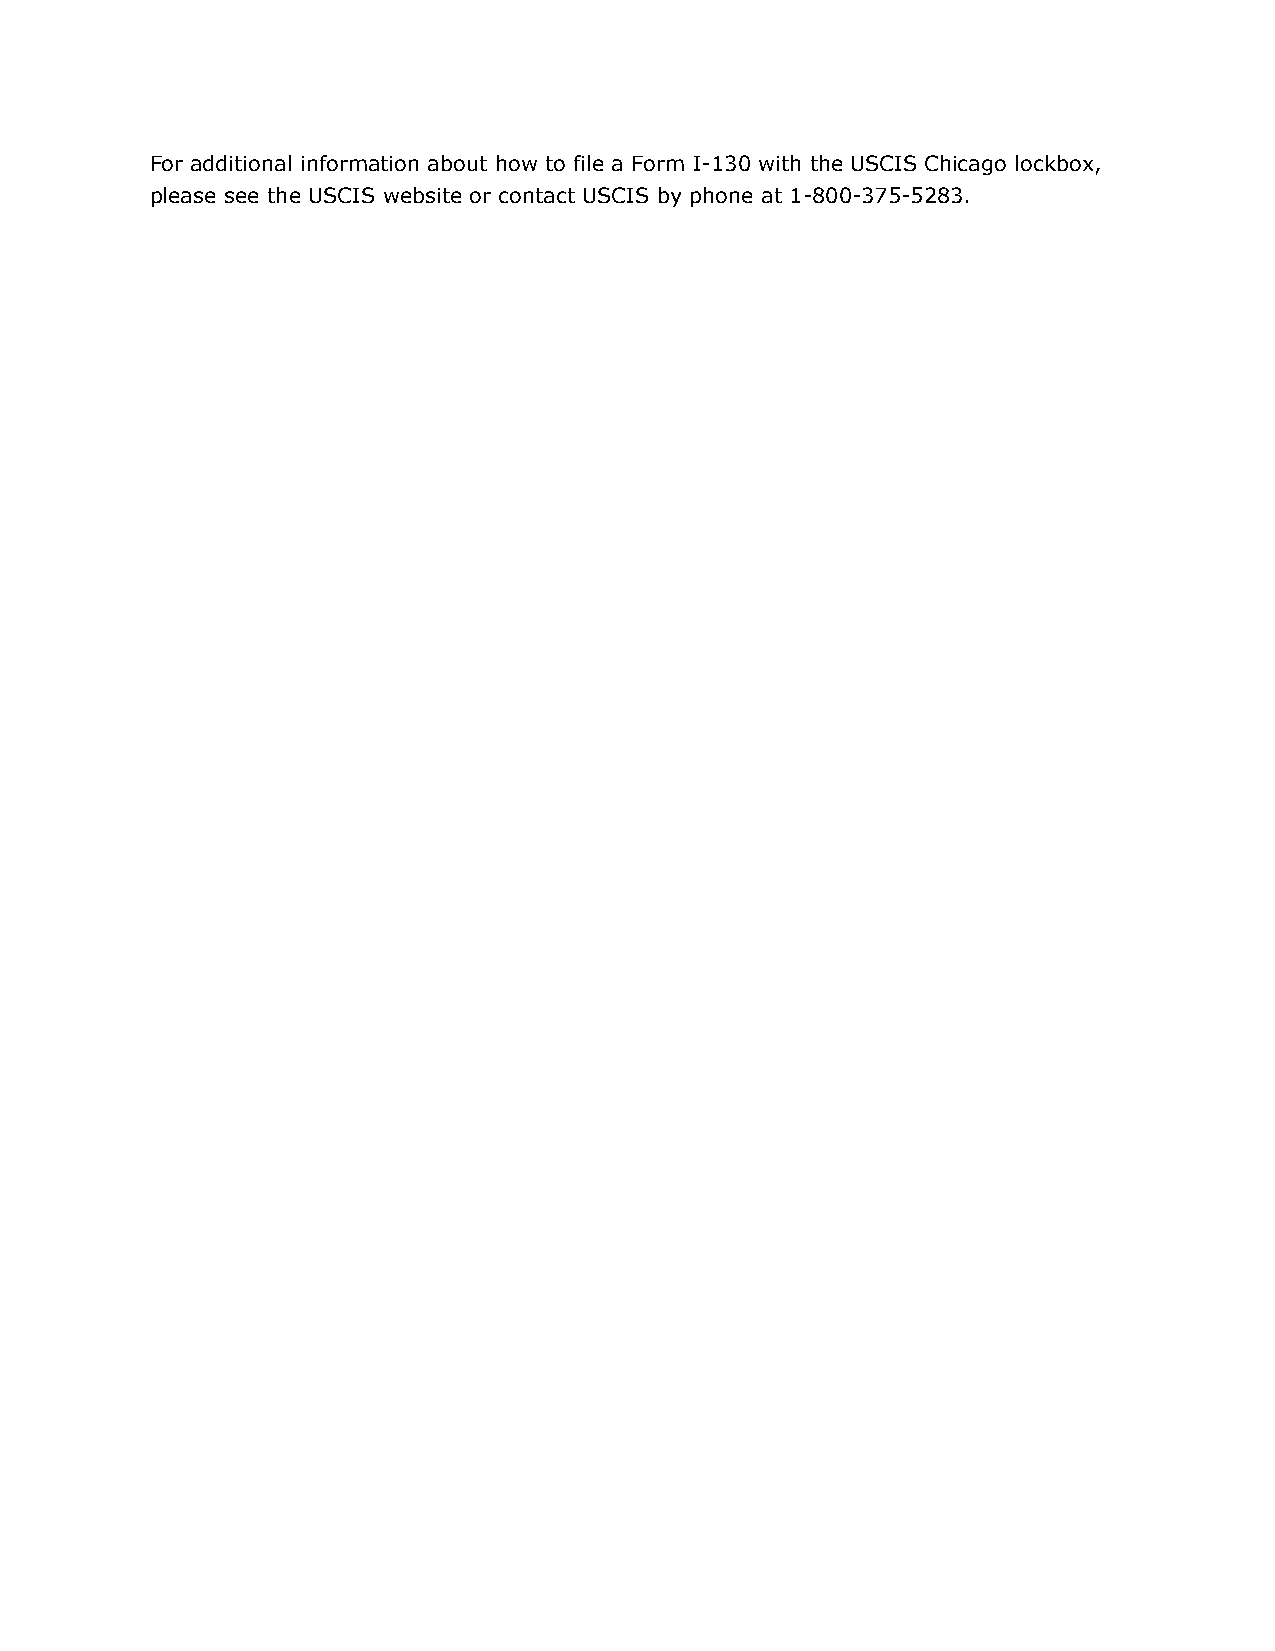
For additional information about how to file a Form I-130 with the USCIS Chicago lockbox,
 please see the USCIS website or contact USCIS by phone at 1-800-375-5283.